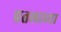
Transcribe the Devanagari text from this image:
प्रतलाच्या